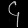
Digit: ၄